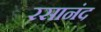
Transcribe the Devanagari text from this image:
रसानंद